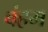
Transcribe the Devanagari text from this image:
बंहम